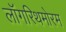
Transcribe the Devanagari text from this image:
लॉगरिथमोरम